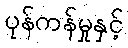
ပုန်ကန်မှုနှင့်